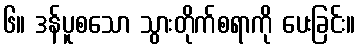
၆။ ဒန်ပူစသော သွားတိုက်စရာကို ပေးခြင်း။